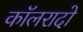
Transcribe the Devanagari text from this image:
कॉलरादो